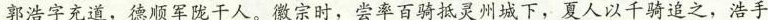
郭浩字充道，德顺军陇千人。徽宗时，尝率百骑抵灵州城下，夏人以千骑追之，浩手